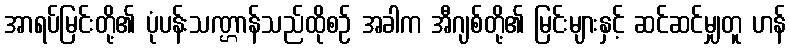
အာရပ်မြင်းတို့၏ ပုံပန်းသဏ္ဌာန်သည်ထိုစဉ် အခါက အီဂျစ်တို့၏ မြင်းများနှင့် ဆင်ဆင်မျှတူ ဟန်